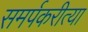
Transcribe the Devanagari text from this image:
समर्पकरीत्या